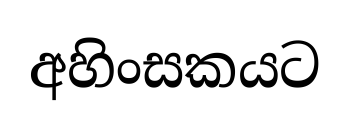
අහිංසකයට